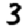
Digit: 3